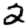
Digit: 2